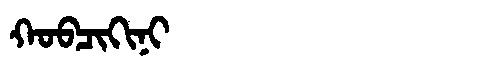
Manchu: ᡴᠣᠪᠴᡳᡴᡳᠨᡳ
Romanization: KOBCIKINI